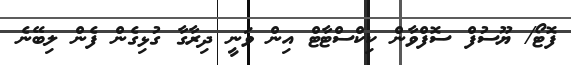
ފޮޓޯ/ ޔޫސުފް ސޮފްވާން ކިކްސްޓާޓް އިން ވަނީ ދިރާގާ ގުޅިގެން ފެން ލިބޭނެ